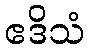
ဧဒိသံ